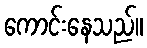
ကောင်းနေသည်။